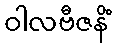
ဝါလဗီဇနိံ